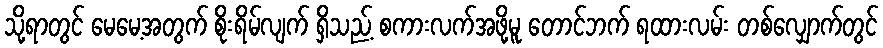
သို့ရာတွင် မေမေ့အတွက် စိုးရိမ်လျက် ရှိသည့် စကားလက်အဖို့မူ တောင်ဘက် ရထားလမ်း တစ်လျှောက်တွင်